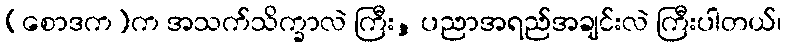
(စောဒက)က အသက်သိက္ခာလဲ ကြီး, ပညာအရည်အချင်းလဲ ကြီးပါတယ်၊